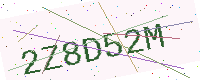
Text: 2Z8D52M